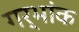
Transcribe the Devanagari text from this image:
गर्भांक